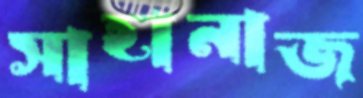
সাহানাজ